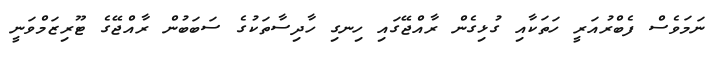
ނަމަވެސް ފެބްރުއަރީ ހަތަކާއި ގުޅިގެން ރާއްޖޭގައި ހިނގި ހާދިސާތަކުގެ ސަބަބުން ރާއްޖޭގެ ޓޫރިޒަމްވަނީ